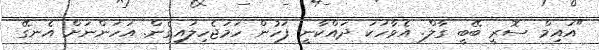
"އައިމް ސޮރީ ބޭބީ ގާލް. އެވާހަކަ ދައްކާނީ ފަހުން ހަމަޖެހިލައިގެން. އަހަންނަށް އެނގޭ